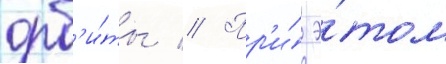
орб'и́ты // Пр'и́ э́том